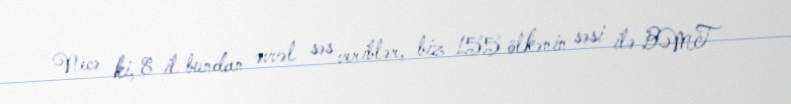
Necə ki, 8 il bundan əvvəl səs veriblər, biz 155 ölkənin səsi ilə BMT